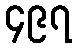
၄၉၇